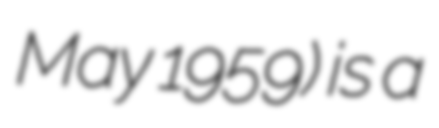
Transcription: May 1959) is a